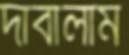
দাবালাম